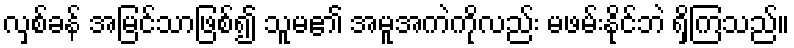
လှစ်ခန် အမြင်သာဖြစ်၍ သူမ၏ အမူအကဲကိုလည်း မဖမ်းနိုင်ဘဲ ရှိကြသည်။